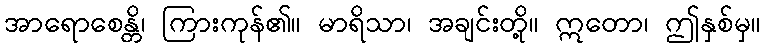
အာရောစေန္တိ၊ ကြားကုန်၏။ မာရိသာ၊ အချင်းတို့။ ဣတော၊ ဤနှစ်မှ။